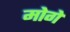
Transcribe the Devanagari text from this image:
मोगे